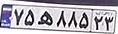
۷۵ه۸۸۵۲۳